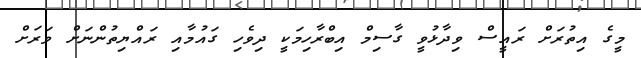
މީގެ އިތުރަށް ރައީސް ވިދާޅުވީ ގާސިމް އިބްރާހިމަކީ ދިވެހި ގައުމާއި ރައްޔިތުންނަށް ވަރަށް